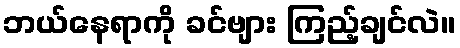
ဘယ်နေရာကို ခင်ဗျား ကြည့်ချင်လဲ။